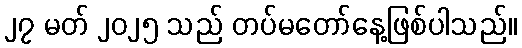
၂၇ မတ် ၂၀၂၅ သည် တပ်မတော်နေ့ဖြစ်ပါသည်။